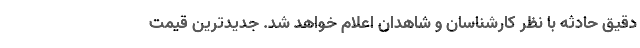
دقیق حادثه با نظر کارشناسان و شاهدان اعلام خواهد شد. جدیدترین قیمت